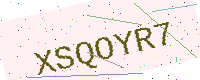
Text: XSQOYR7